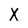
Character: X